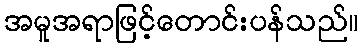
အမူအရာဖြင့်တောင်းပန်သည်။